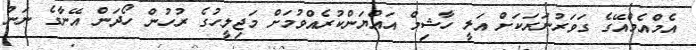
އެމްއެމްއޭގެ ގަވަރުނަރަކަށް އަލީ ހާޝިމް އައްޔަންކުރެއްވުމަށް މަޖިލީހުގެ ރުހުން ހޯދަން އޭނާގެ ނަން